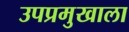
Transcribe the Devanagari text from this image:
उपप्रमुखाला